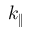
k _ { \| }